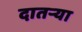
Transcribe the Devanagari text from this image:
दातर्‍या